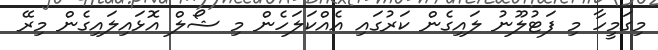
މިގަމީހާ މި ފަޓުލޫނު ލައިގެން ކަރުގައި އެއްކަލަހެން މި ޝޯލް އޮޅައިލައިގެން މިރޭ